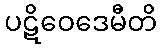
ပဋိဝေဒေမီတိ